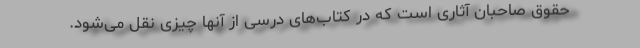
حقوق صاحبان آثاری است که در کتاب‌های درسی از آنها چیزی نقل می‌شود.